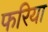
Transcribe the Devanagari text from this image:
फरिया